Papers set at the Examination for Leaving Certificates, 1893
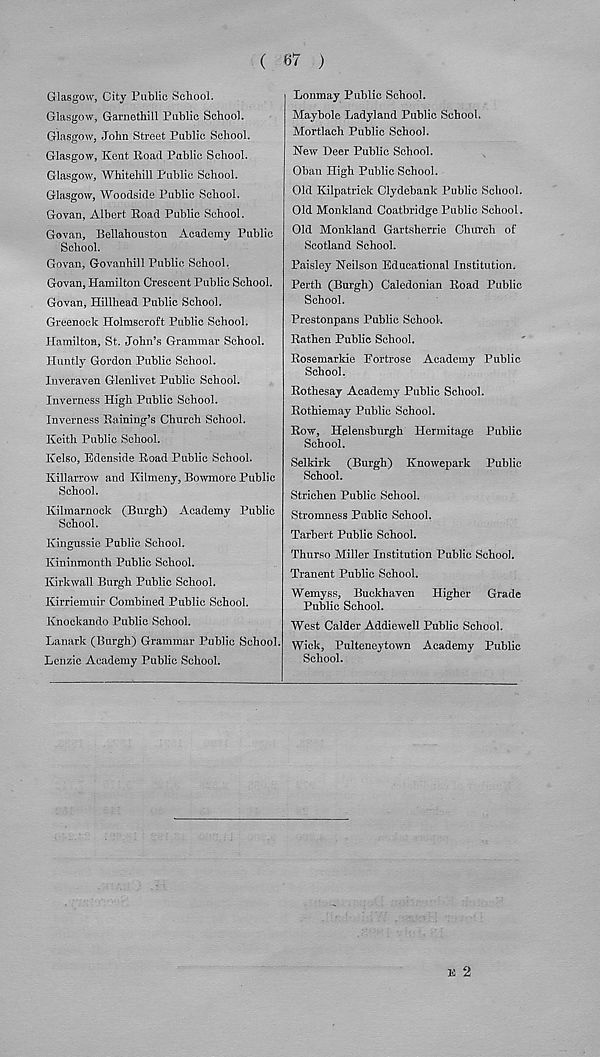
( 67 )
Glasgow, City Public School.
Glasgow, Garnethill Public School.
Glasgow, John Street Public School.
Glasgow, Kent Road Public School.
Glasgow, Whitehill Public School.
Glasgow, Woodside Public School.
Govan, Albert Road Public School.
Govan, Bellahouston Academy Public
School.
Govan, Govanhill Public School.
Govan, Hamilton Crescent Public School.
Govan, Hillhead Public School.
Greenock Holmscroft Public School.
Hamilton, St. John’s Grammar School.
Huntly Gordon Public School.
Inveraven Glenlivet Public School.
Inverness High Public School.
Inverness Raining’s Church School.
Keith Public School.
Kelso, Bdenside Road Public School.
Killarrow and Kilmeny, Bowmore Public
School.
Kilmarnock (Burgh) Academy Public
School.
Kingussie Public School.
Kininmonth Public School.
Kirkwall Burgh Public School.
Kirriemuir Combined Public School.
Knockando Public School.
Lanark (Burgh) Grammar Public School.
Lcnzie Academy Public School.
Lonmay Public School.
Maybole Ladyland Public School.
Mortlach Public School.
New Deer Public School.
Oban High Public School.
Old Kilpatrick Clydebank Public School.
Old Monkland Coatbridge Public School.
Old Monkland Gartsherrie Church of
Scotland School.
Paisley Neilson Educational Institution.
Perth (Burgh) Caledonian Road Public
School.
Prestonpans Public School,
Rathen Public School.
Rosemarkie Fortrose Academy Public
School.
Rothesay Academy Public School.
Rothiemay Public School.
Row, Helensburgh Hermitage Public
School.
Selkirk (Burgh) Knowepark Public
School.
Strichen Public School.
Stromness Public School.
Tarbert Public School.
Thurso Miller Institution Public School.
Tranent Public School.
Wemyss, Buckhaven Higher Grade
Public School.
West Calder Addiewell Public School.
Wick, Pulteneytown Academy Public
School.
]i 2